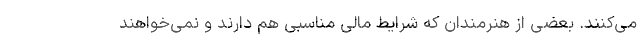
می‌کنند. بعضی از هنرمندان که شرایط مالی مناسبی هم دارند و نمی‌خواهند